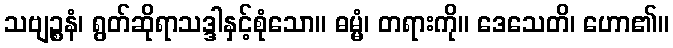
သဗျဉ္စနံ၊ ရွတ်ဆိုရာသဒ္ဒါနှင့်စုံသော။ ဓမ္မံ၊ တရားကို။ ဒေသေတိ၊ ဟော၏။